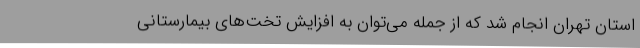
استان تهران انجام شد که از جمله می‌توان به افزایش تخت‌های بیمارستانی